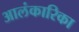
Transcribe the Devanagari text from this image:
आलंकारिका